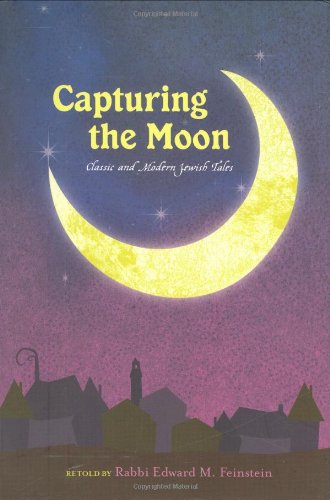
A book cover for Capturing the Moon: Classic and Modern Jewish Tales; Edward Feinstein; Literature & Fiction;